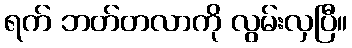
ရက် ဘတ်တလာကို လွမ်းလှပြီ။